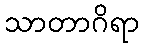
သာတာဂိရာ